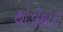
થોડીથોડી